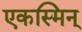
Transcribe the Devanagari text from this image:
एकस्मिन्